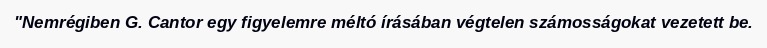
"Nemrégiben G. Cantor egy figyelemre méltó írásában végtelen számosságokat vezetett be.